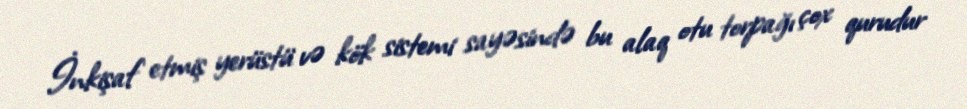
İnkişaf etmiş yerüstü və kök sistemi sayəsində bu alaq otu torpağı çox qurudur